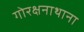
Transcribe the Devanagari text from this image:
गोरक्षनाथाना